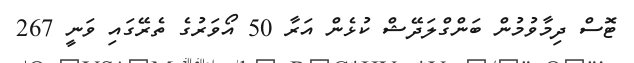
ޓޮސް ދިމާވުމުން ބަންގްލަދޭޝް ކުޅެން އަރާ 50 އޯވަރުގެ ތެރޭގައި ވަނީ 267